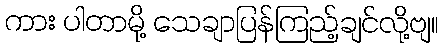
ကား ပါတာမို့ သေချာပြန်ကြည့်ချင်လို့ဗျ။